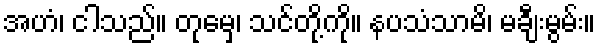
အဟံ၊ ငါသည်။ တုမှေ၊ သင်တို့ကို။ နပသံသာမိ၊ မချီးမွမ်း။